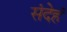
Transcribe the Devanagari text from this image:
संदेहं